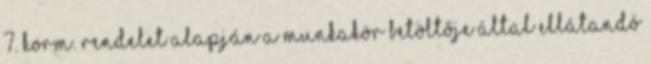
7. Korm. rendelet alapján a munkakör betöltője által ellátandó